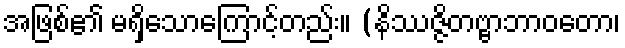
အဖြစ်၏ မရှိသောကြောင့်တည်း။ (နိဿဇ္ဇိတဗ္ဗာဘာဝတော၊